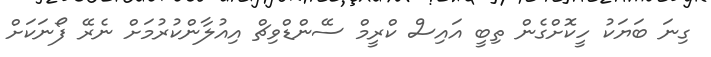
ގިނަ ބަޔަކު ހީކޮށްގެން ތިބީ އައިސް ކްރީމް ސޭންޑްވިޗް އިއުލާންކުރުމަށް ނެރޭ ފޯނަކަށް